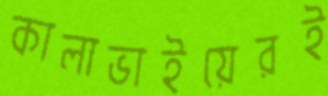
কালাভাইয়েরই